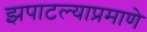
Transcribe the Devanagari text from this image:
झपाटल्याप्रमाणे